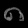
Digit: ၈